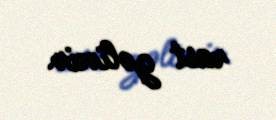
rast gəlinir.